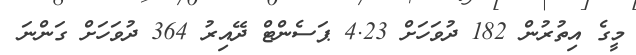
މީގެ އިތުރުން 182 ދުވަހަށް 4.23 ޕަސެންޓް ދޭއިރު 364 ދުވަހަށް ގަންނަ